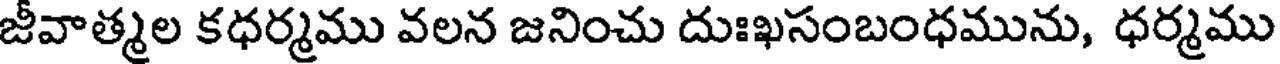
జీవాత్మల కధర్మము వలన జనించు దుఃఖసంబంధమును, ధర్మము